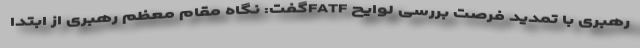
رهبری با تمدید فرصت بررسی لوایح FATFگفت: نگاه مقام معظم رهبری از ابتدا